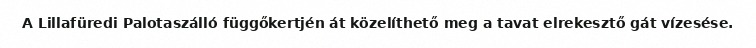
A Lillafüredi Palotaszálló függőkertjén át közelíthető meg a tavat elrekesztő gát vízesése.